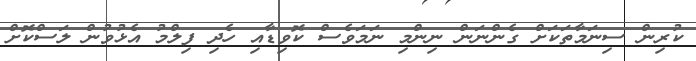
ކުރިން ސިނަމާތަކަށް ގެންނަން ނިންމި ނަމަވެސް ކޮވިޑާއި ހެދި ފިލްމު އެޅުވުން ލަސްކޮށް